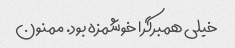
خیلی همبرگرا خوشمزه بود. ممنون